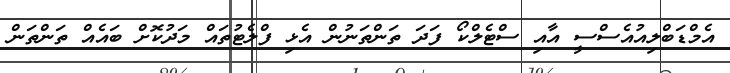
އެމްޑަބްލިއުއެސްސީ އާއި ސްޓެލްކޯ ފަދަ ތަންތަނުން އެޅި ފްލެޓުތައް މަދުކޮށް ބައެއް ތަންތަން